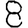
Digit: 8